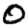
Digit: 0